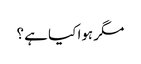
مگر ہوا کیا ہے ؟